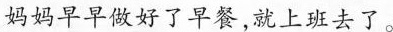
妈妈早早做好了早餐，就上班去了